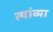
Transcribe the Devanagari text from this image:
त्यांव्या